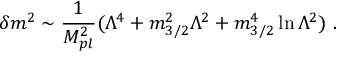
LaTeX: \delta m ^ { 2 } \sim { \frac { 1 } { M _ { p l } ^ { 2 } } } ( \Lambda ^ { 4 } + m _ { 3 / 2 } ^ { 2 } \Lambda ^ { 2 } + m _ { 3 / 2 } ^ { 4 } \ln \Lambda ^ { 2 } ) \ .